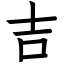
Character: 吉